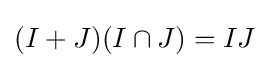
(I+J)(I\cap J)=IJ